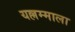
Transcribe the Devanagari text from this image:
यल्लम्माला